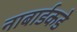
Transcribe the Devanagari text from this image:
नाबार्डकडे